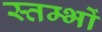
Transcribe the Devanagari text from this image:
स्‍तम्‍भों